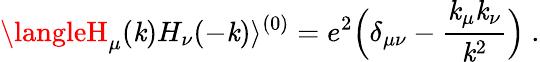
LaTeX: \langleH_{\mu}(\mathit{k})H_{\nu}(-\mathit{k})\rangle^{(0)}=e^{2}\Bigl(\delta_{\mu\nu}-{\frac{{\mathit{k}_{\mu}\mathit{k}_{\nu}}}{{\mathit{k}^{2}}}}\Bigr)\ .